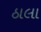
ઠાલા